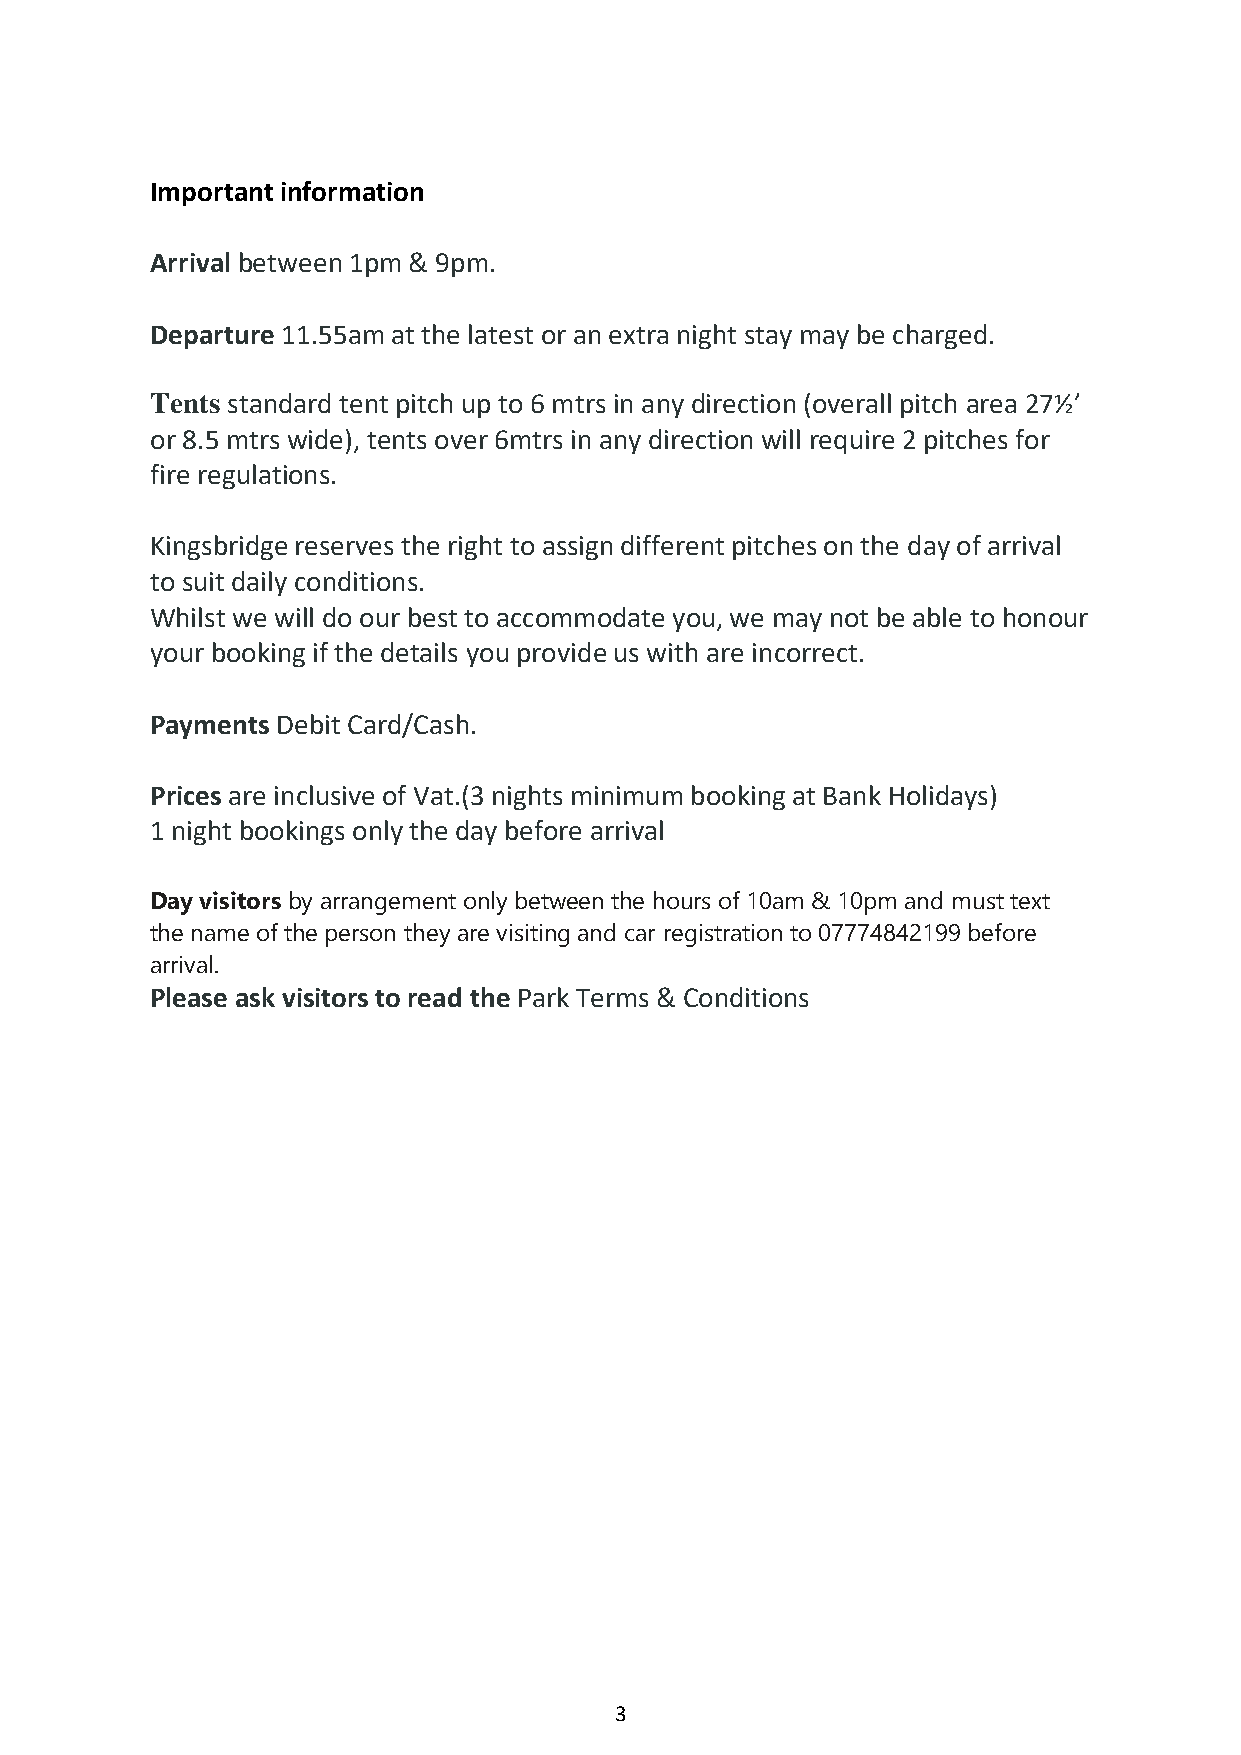
Important information
 Arrival between 1pm & 9pm.
 Departure 11.55am at the latest or an extra night stay may be charged.
 Tents standard tent pitch up to 6 mtrs in any direction (overall pitch area 27½’
 or 8.5 mtrs wide), tents over 6mtrs in any direction will require 2 pitches for
 fire regulations.
 Kingsbridge reserves the right to assign different pitches on the day of arrival
 to suit daily conditions.
 Whilst we will do our best to accommodate you, we may not be able to honour
 your booking if the details you provide us with are incorrect.
 Payments Debit Card/Cash.
 Prices are inclusive of Vat.(3 nights minimum booking at Bank Holidays)
 1 night bookings only the day before arrival
 Day visitors by arrangement only between the hours of 10am & 10pm and must text
 the name of the person they are visiting and car registration to 07774842199 before
 arrival.
 Please ask visitors to read the Park Terms & Conditions
 3